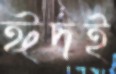
ঈদই